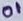
Text: 01